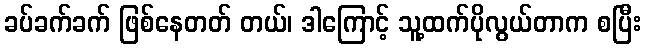
ခပ်ခက်ခက် ဖြစ်နေတတ် တယ်၊ ဒါကြောင့် သူ့ထက်ပိုလွယ်တာက စပြီး